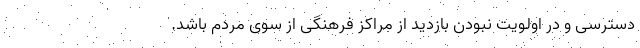
دسترسی و در اولویت نبودن بازدید از مراکز فرهنگی از سوی مردم باشد.